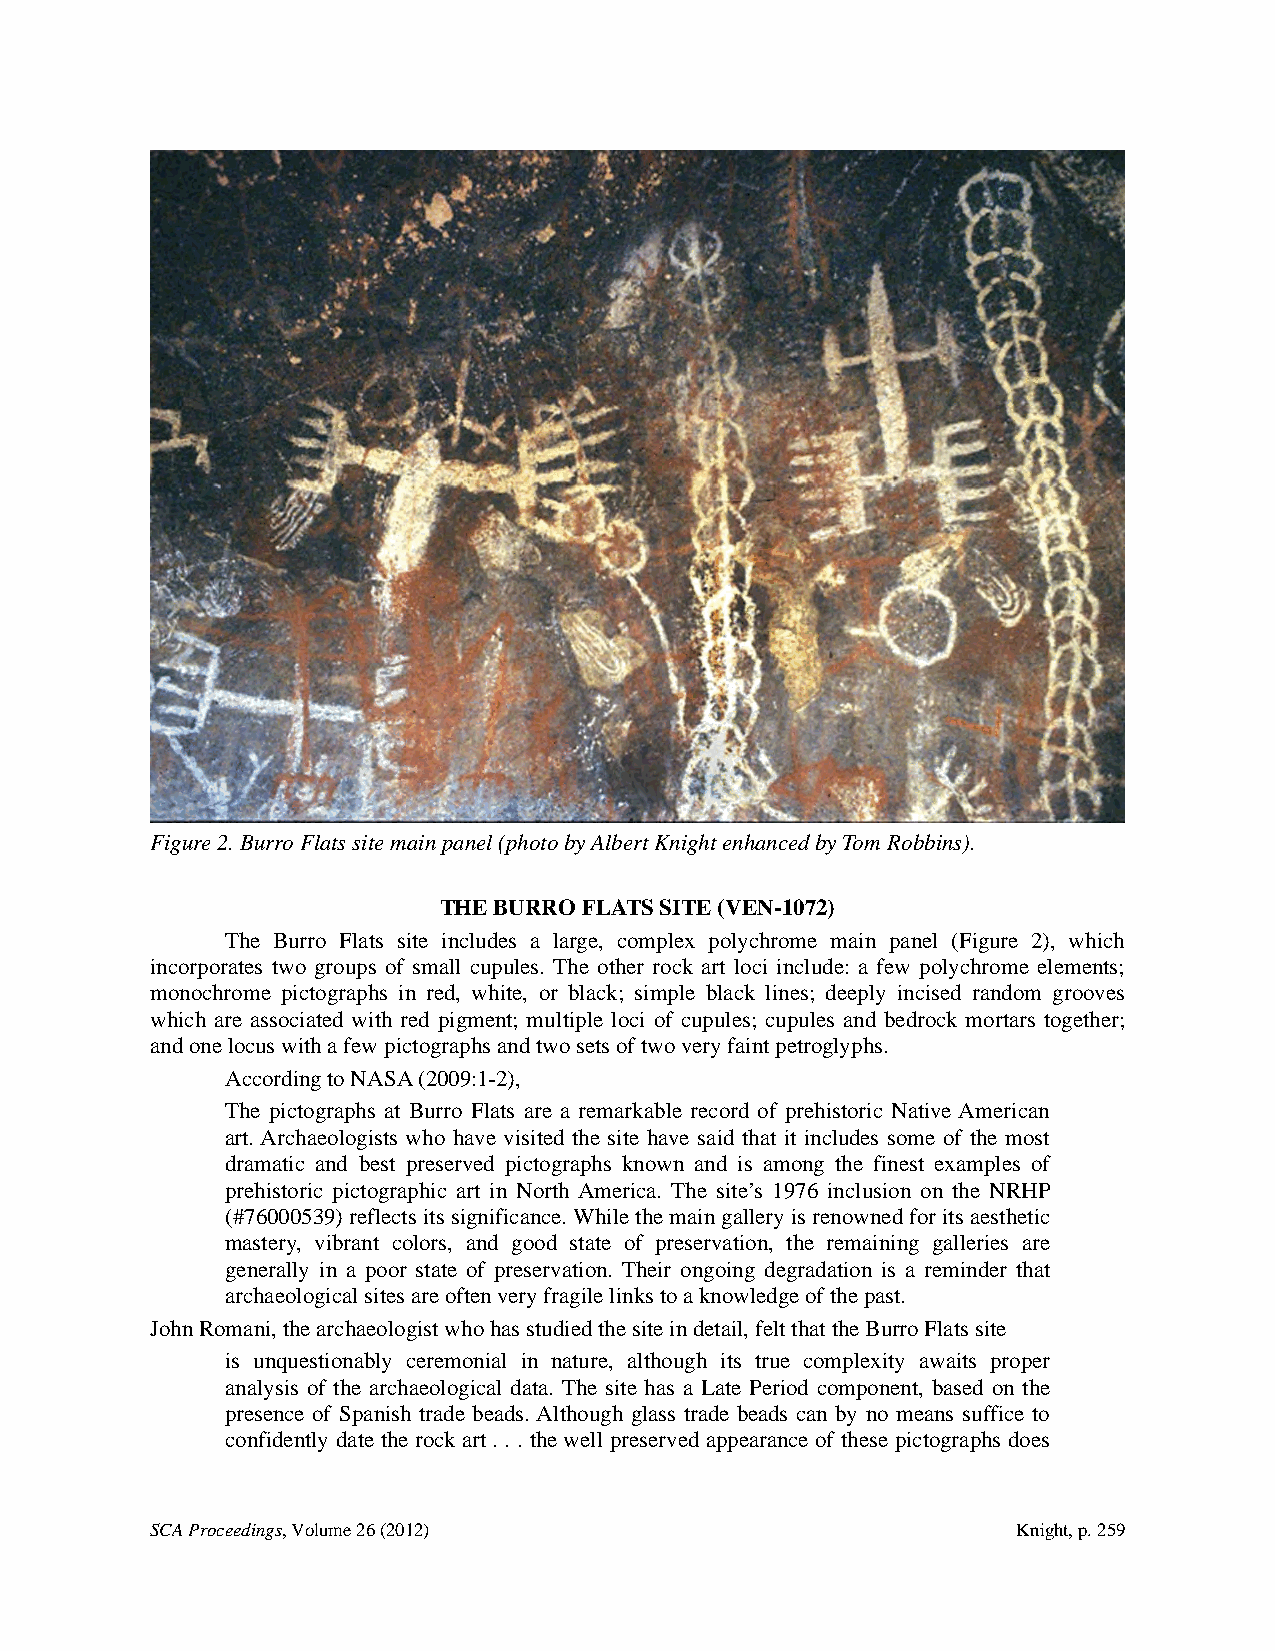
Figure 2. Burro Flats site main panel (photo by Albert Knight enhanced by Tom Robbins).
 THE BURRO FLATS SITE (VEN-1072)
 The Burro Flats site includes a large, complex polychrome main panel (Figure 2), which
 incorporates two groups of small cupules. The other rock art loci include: a few polychrome elements;
 monochrome pictographs in red, white, or black; simple black lines; deeply incised random grooves
 which are associated with red pigment; multiple loci of cupules; cupules and bedrock mortars together;
 and one locus with a few pictographs and two sets of two very faint petroglyphs.
 According to NASA (2009:1-2),
 The pictographs at Burro Flats are a remarkable record of prehistoric Native American
 art. Archaeologists who have visited the site have said that it includes some of the most
 dramatic and best preserved pictographs known and is among the finest examples of
 prehistoric pictographic art in North America. The site’s 1976 inclusion on the NRHP
 (#76000539) reflects its significance. While the main gallery is renowned for its aesthetic
 mastery, vibrant colors, and good state of preservation, the remaining galleries are
 generally in a poor state of preservation. Their ongoing degradation is a reminder that
 archaeological sites are often very fragile links to a knowledge of the past.
 John Romani, the archaeologist who has studied the site in detail, felt that the Burro Flats site
 is unquestionably ceremonial in nature, although its true complexity awaits proper
 analysis of the archaeological data. The site has a Late Period component, based on the
 presence of Spanish trade beads. Although glass trade beads can by no means suffice to
 confidently date the rock art . . . the well preserved appearance of these pictographs does
 SCA Proceedings, Volume 26 (2012)                        Knight, p. 259